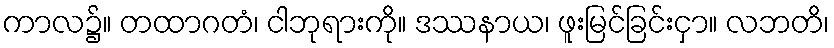
ကာလ၌။ တထာဂတံ၊ ငါဘုရားကို။ ဒဿနာယ၊ ဖူးမြင်ခြင်းငှာ။ လဘတိ၊